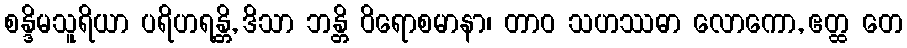
စန္ဒိမသူရိယာ ပရိဟရန္တိ, ဒိသာ ဘန္တိ ဝိရောစမာနာ၊ တာဝ သဟဿဓာ လောကော, ဧတ္ထ တေ